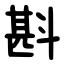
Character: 斟